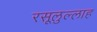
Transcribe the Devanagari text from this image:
रसूलुल्‍लाह